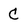
Character: c